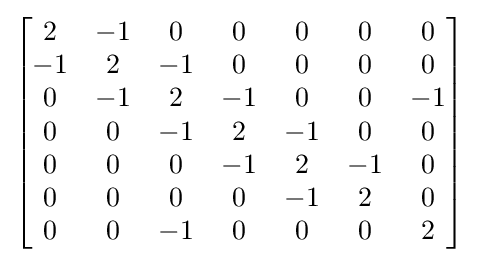
\left[{\begin{matrix}2&-1&0&0&0&0&0\\-1&2&-1&0&0&0&0\\0&-1&2&-1&0&0&-1\\0&0&-1&2&-1&0&0\\0&0&0&-1&2&-1&0\\0&0&0&0&-1&2&0\\0&0&-1&0&0&0&2\end{matrix}}\right]